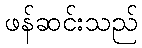
ဖန်ဆင်းသည်